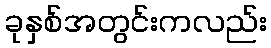
ခုနှစ်အတွင်းကလည်း